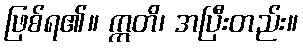
ဖြစ်ရ၏။ ဣတိ၊ အပြီးတည်း။